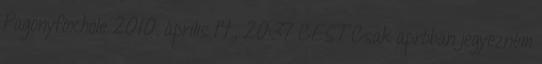
Pagonyfoxhole 2010. április 14., 20:37 CEST Csak apróban jegyezném